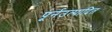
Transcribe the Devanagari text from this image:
पूर्नउत्पादित